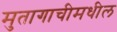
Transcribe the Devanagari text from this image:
मुतागाचीमधील